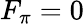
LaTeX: F_{\pi}=0